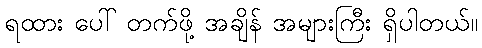
ရထား ပေါ် တက်ဖို့ အချိန် အများကြီး ရှိပါတယ်။